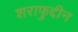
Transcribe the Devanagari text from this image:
शराफुद्दीन